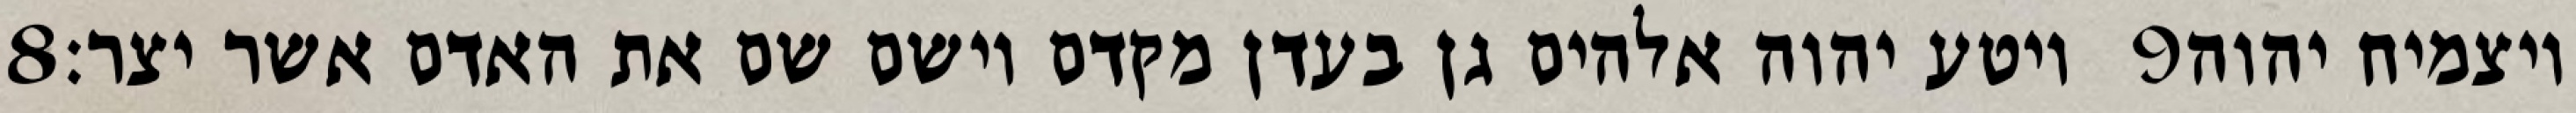
‎8‏ ויטע יהוה אלהים גן בעדן מקדם וישם שם את האדם אשר יצר׃ ‎9‏ ויצמיח יהוה